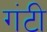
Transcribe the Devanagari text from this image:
गंटी